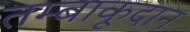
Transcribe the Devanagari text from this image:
तम्बाकूदान